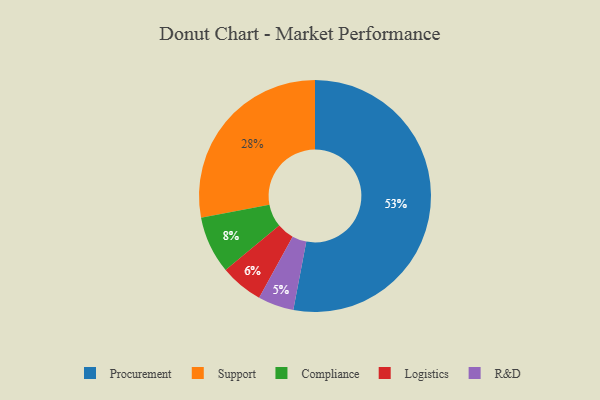
{"axis": {"x": "Category", "y": "Percentage"}, "legend": ["Compliance", "Logistics", "Procurement", "R&D", "Support"], "data": [{"x": "Support", "y": 28, "type": "Support"}, {"x": "Procurement", "y": 53, "type": "Procurement"}, {"x": "Logistics", "y": 6, "type": "Logistics"}, {"x": "Compliance", "y": 8, "type": "Compliance"}, {"x": "R&D", "y": 5, "type": "R&D"}]}